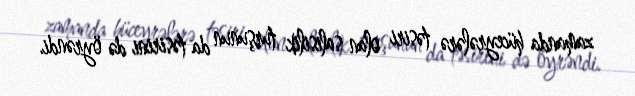
zamanda hüceyrələrə təsiri olan salisilik turşunun da təsirini də öyrəndi.